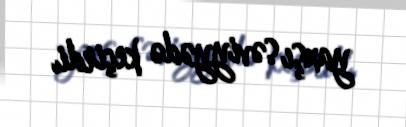
yaxşı səviyyədə keçirdi.